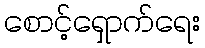
စောင့်ရှောက်ရေး